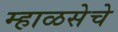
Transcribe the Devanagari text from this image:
म्हाळसेचे